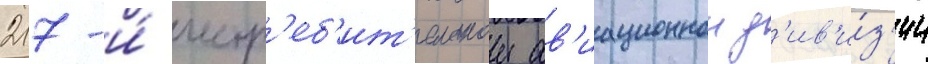
217-и́ истр'еб'ит'ельнои ав'иационнои д'ив'и́з'ии